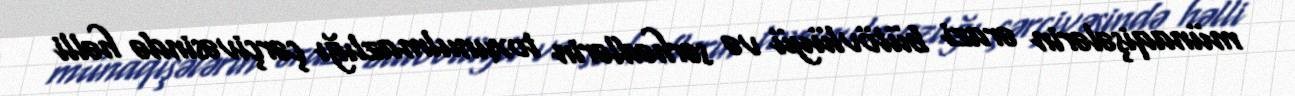
münaqişələrin ərazi bütövlüyü və sərhədlərin toxunulmazlığı çərçivəsində həlli